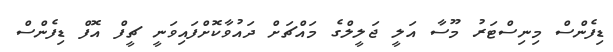
ޑިފެންސް މިނިސްޓަރު މޫސާ އަލީ ޖަލީލްގެ މައްޗަށް ދައުވާކޮށްފައިވަނީ ޗީފް އޮފް ޑިފެންސް